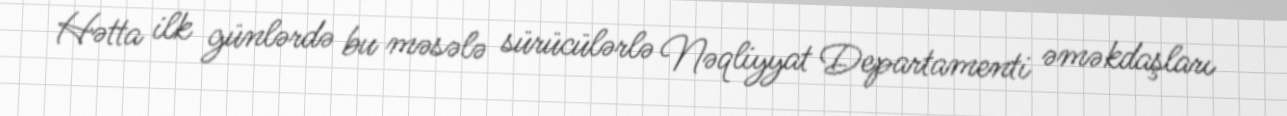
Hətta ilk günlərdə bu məsələ sürücülərlə Nəqliyyat Departamenti əməkdaşları